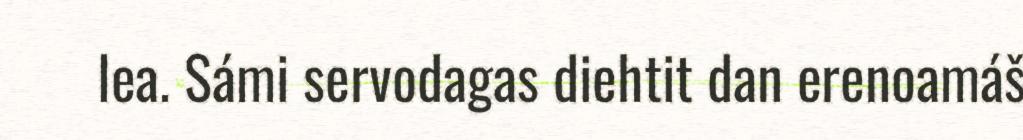
lea. Sámi servodagas diehtit dan erenoamáš